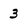
Character: 3